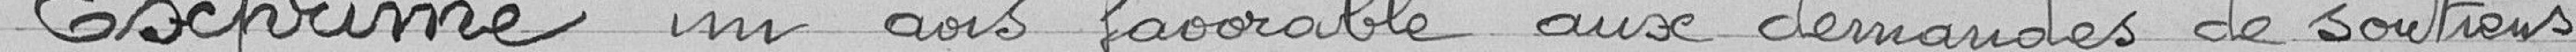
Exprime un avis favorable aux demandes de soytiens